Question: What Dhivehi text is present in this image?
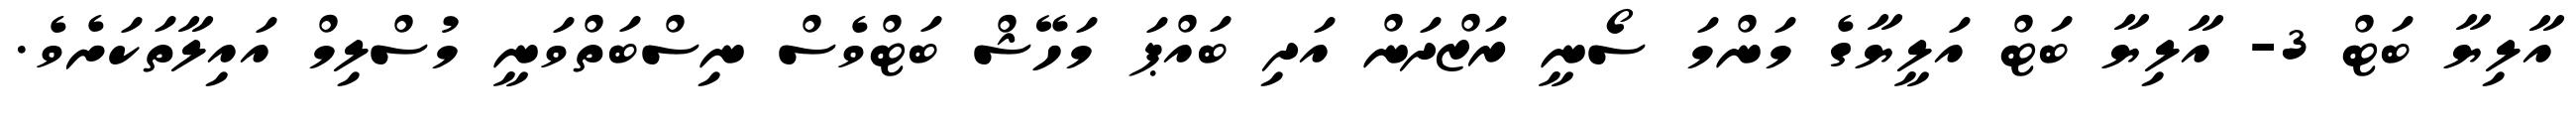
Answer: އާލިޔާ ބަޓް 3- އާލިޔާ ބަޓް އަލީޔާގެ މަންމަ ސޯނީ ރަޒްދަން އަދި ބައްޕަ މަހޭޝް ބަޓްވެސް ނިސްބަތްވަނީ މުސްލިމް އައިލާތަކަށެވެ.